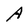
Character: A